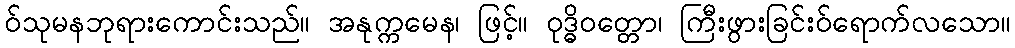
ဝ်သုမနဘုရားကောင်းသည်။ အနုက္ကမေန၊ ဖြင့်။ ဝုဒ္ဓိဝတ္တော၊ ကြီးဖွားခြင်းဝ်ရောက်လသော။